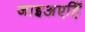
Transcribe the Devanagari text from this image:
जाइअएहिँ